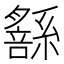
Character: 𦅹